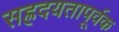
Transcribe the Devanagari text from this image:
सह्रदयतापूर्वक